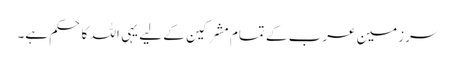
سرزمین عرب کے تمام مشرکین کے لیے یہی اللہ کا حکم ہے۔